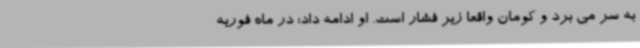
به سر می برد و کومان واقعا زیر فشار است. او ادامه داد: در ماه فوریه